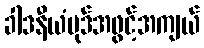
ခါဒနီယံပုဒ်အဖွင့်အကျယ်